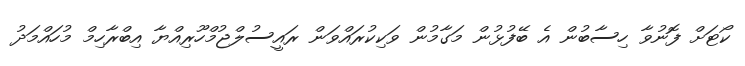
ކޯޓަށް ފޮނުވާ ހިސާބުން އެ ބޭފުޅުން މަގާމުން ވަކިކުރައްވަން ރައީސުލްޖުމްހޫރިއްޔާ އިބްރާހިމް މުހައްމަދު